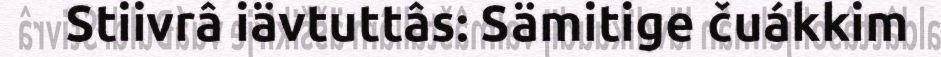
Stiivrâ iävtuttâs: Sämitige čuákkim